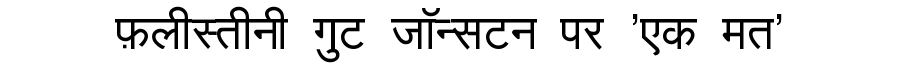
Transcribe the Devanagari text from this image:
फ़लीस्तीनी गुट जॉन्सटन पर 'एक मत'